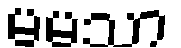
မမသာ